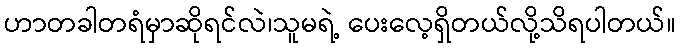
ဟာတခါတရံမှာဆိုရင်လဲ၊သူမရဲ့ ပေးလေ့ရှိတယ်လို့သိရပါတယ်။